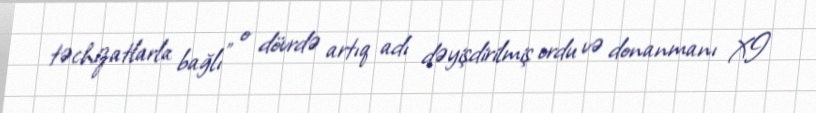
təchizatlarla bağlı" o dövrdə artıq adı dəyişdirilmiş ordu və donanmanı XI